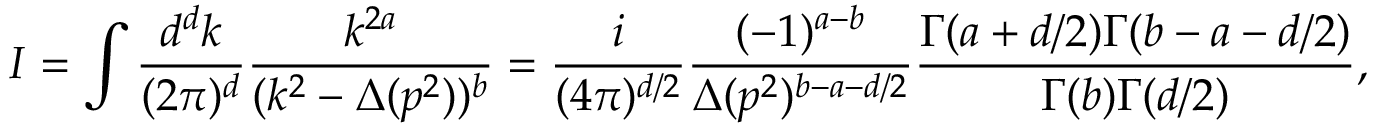
I = \int \frac { d ^ { d } k } { ( 2 \pi ) ^ { d } } \frac { k ^ { 2 a } } { ( k ^ { 2 } - \Delta ( p ^ { 2 } ) ) ^ { b } } = \frac { i } { ( 4 \pi ) ^ { d / 2 } } \frac { ( - 1 ) ^ { a - b } } { \Delta ( p ^ { 2 } ) ^ { b - a - d / 2 } } \frac { \Gamma ( a + d / 2 ) \Gamma ( b - a - d / 2 ) } { \Gamma ( b ) \Gamma ( d / 2 ) } ,